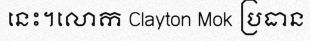
នេះ។លោក Clayton Mok ប្រធាន